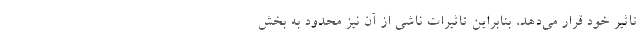
تاثیر خود قرار می‌دهد، بنابراین تاثیرات ناشی از آن نیز محدود به بخش